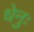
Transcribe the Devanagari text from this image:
धेनुः